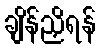
ချိန်ညှိရန်